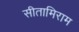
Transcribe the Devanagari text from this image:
सीतामिराम